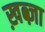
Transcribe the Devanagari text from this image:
ख़ब्ज़ा